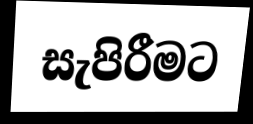
සැපිරීමට